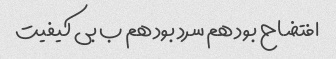
افتضاح بود هم سرد بود هم ب بی کیفیت